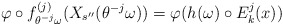
\begin{align*}\varphi \circ f_{\theta ^{-j}\omega} ^{(j)} (X_{s^{\prime \prime}}(\theta ^{-j}\omega)) =\varphi (h(\omega) \circ E_k^j (x))\end{align*}